Calcutta medical institutions reports 1879-81 [i.e.91]
Year: 1879
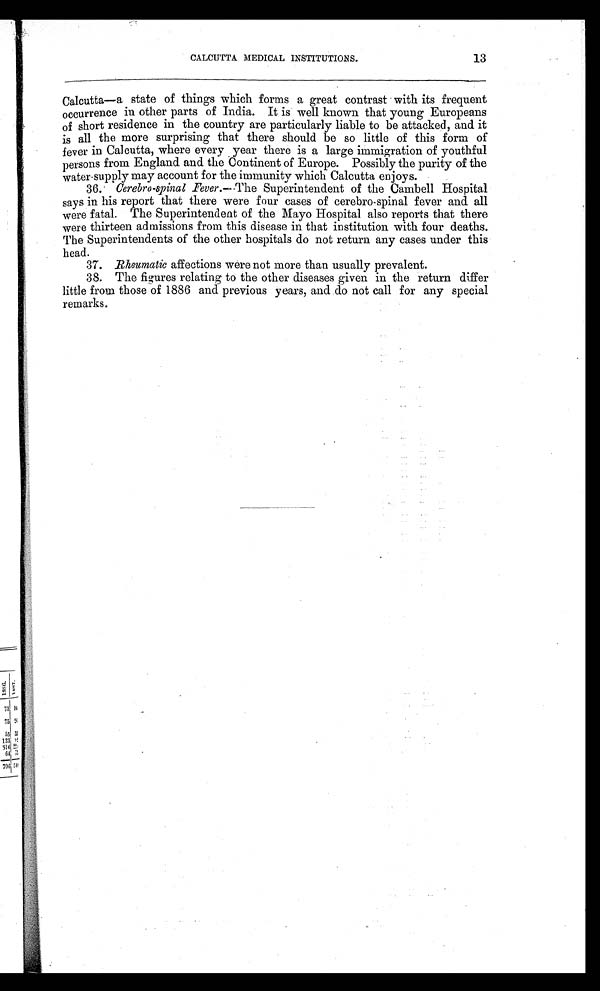
CALCUTTA MEDICAL INSTITUTIONS.
13
Calcutta—a state of things which forms a great contrast with its frequent
occurrence in other parts of India. It is well known that young Europeans
of short residence in the country are particularly liable to be attacked, and it
is all the more surprising that there should be so little of this form of
fever in Calcutta, where every year there is a large immigration of youthful
persons from England and the Continent of Europe. Possibly the purity of the
water-supply may account for the immunity which Calcutta enjoys.
36. Cerebro-spinal Fever. —The Superintendent of the Cambell Hospital
says in his report that there were four cases of cerebro-spinal fever and all
were fatal. The Superintendent of the Mayo Hospital also reports that there
were thirteen admissions from this disease in that institution with four deaths.
The Superintendents of the other hospitals do not return any cases under this
head.
37. Rheumatic affections were not more than usually prevalent.
38. The figures relating to the other diseases given in the return differ
little from those of 1886 and previous years, and do not call for any special
remarks.